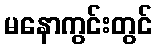
မနောကွင်းတွင်